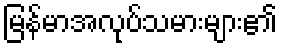
မြန်မာအလုပ်သမားများ၏